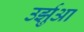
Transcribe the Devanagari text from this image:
उर्झुआ